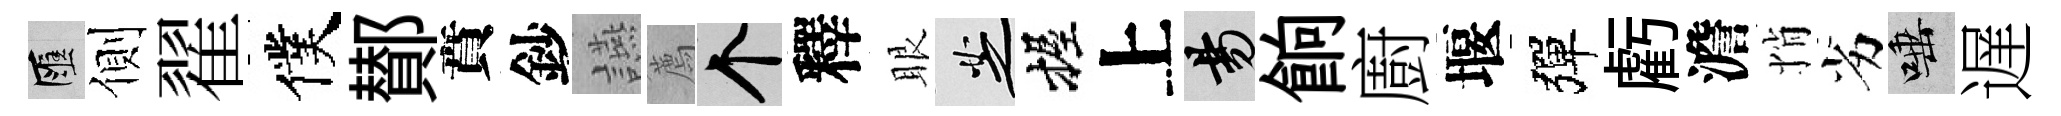
匯側翟僕鄼賁鈔讌薦个釋眼芝握上昜餉廚堰彈虧澹悄劣唾遅